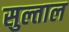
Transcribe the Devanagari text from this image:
सुल्ताल